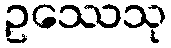
ဥဿေသု